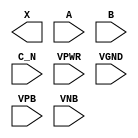
module sky130_fd_sc_hdll__or3b (
    X   ,
    A   ,
    B   ,
    C_N ,
    VPWR,
    VGND,
    VPB ,
    VNB
);

    output X   ;
    input  A   ;
    input  B   ;
    input  C_N ;
    input  VPWR;
    input  VGND;
    input  VPB ;
    input  VNB ;
endmodule